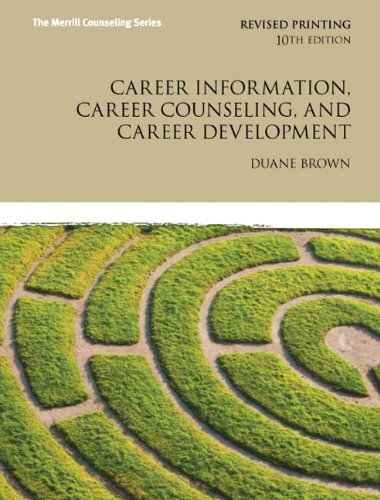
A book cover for Career Information, Career Counseling, and Career Development (10th Edition) (Merrill Counseling); Duane Brown; Business & Money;